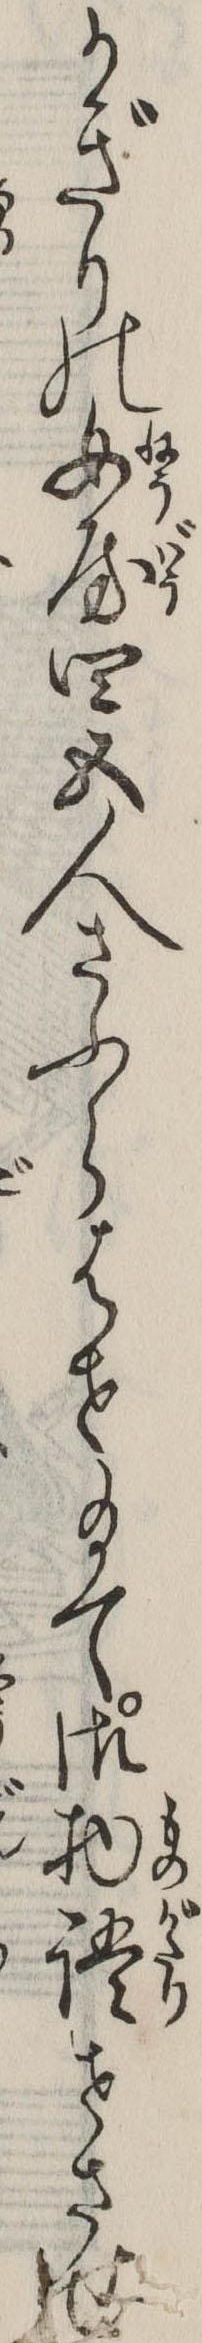
かぎりの女房四五人さふらはせ給て御物語せさせ